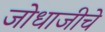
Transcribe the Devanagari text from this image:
जोधाजीचे